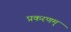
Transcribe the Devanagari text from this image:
प्रकरणम्‌